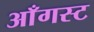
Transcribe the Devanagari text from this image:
आँगस्ट